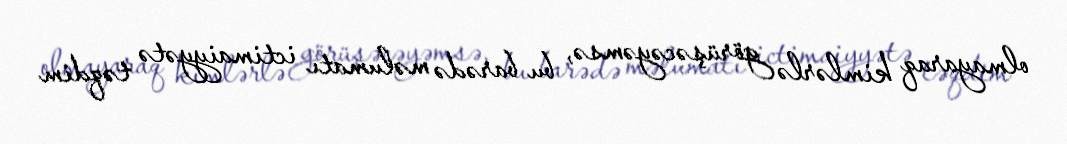
olmayaraq kimlərlə görüşəcəyəmsə, bu barədə məlumatı ictimaiyyətə təqdim